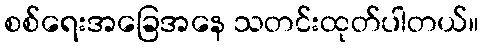
စစ်ရေးအခြေအနေ သတင်းထုတ်ပါတယ်။